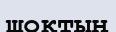
шоқтың